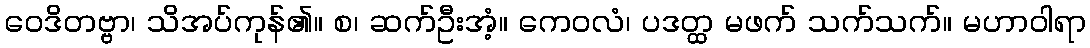
ဝေဒိတဗ္ဗာ၊ သိအပ်ကုန်၏။ စ၊ ဆက်ဦးအံ့။ ကေဝလံ၊ ပဒတ္ထ မဖက် သက်သက်။ မဟာဝါရာ